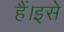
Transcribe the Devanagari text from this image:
हैं।इसे